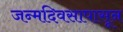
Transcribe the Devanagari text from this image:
जन्मदिवसापासून